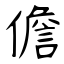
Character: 儋